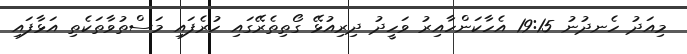
މިއަދު ހެނދުނު 19:15 އެހާކަންހާއިރު ވަހީދު ދިރިއުޅޭ ގޯތިތެރޭގައި ހުރެފައި މަސްތުވާތަކެތި އަޅާފައި